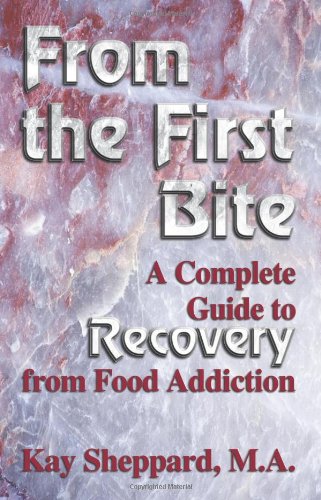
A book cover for From the First Bite: A Complete Guide to Recovery from Food Addiction; Kay Sheppard; Self-Help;